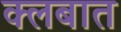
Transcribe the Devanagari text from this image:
क्‍लबात